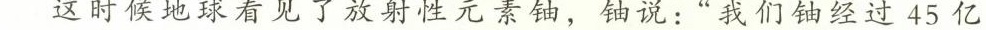
这时候地球看见了放射性元素铀，铀说:“我们铀经过45亿